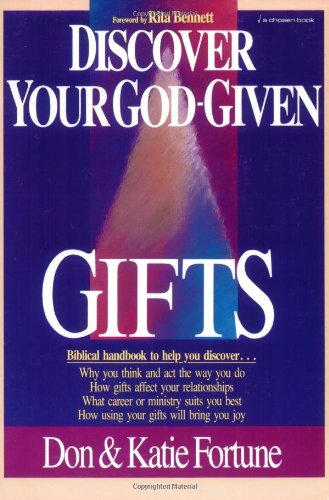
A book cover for Discover Your God-Given Gifts; Don Fortune; Christian Books & Bibles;